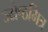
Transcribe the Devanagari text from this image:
ज्येष्ठमित्र